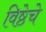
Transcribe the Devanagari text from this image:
विष्ठेचे